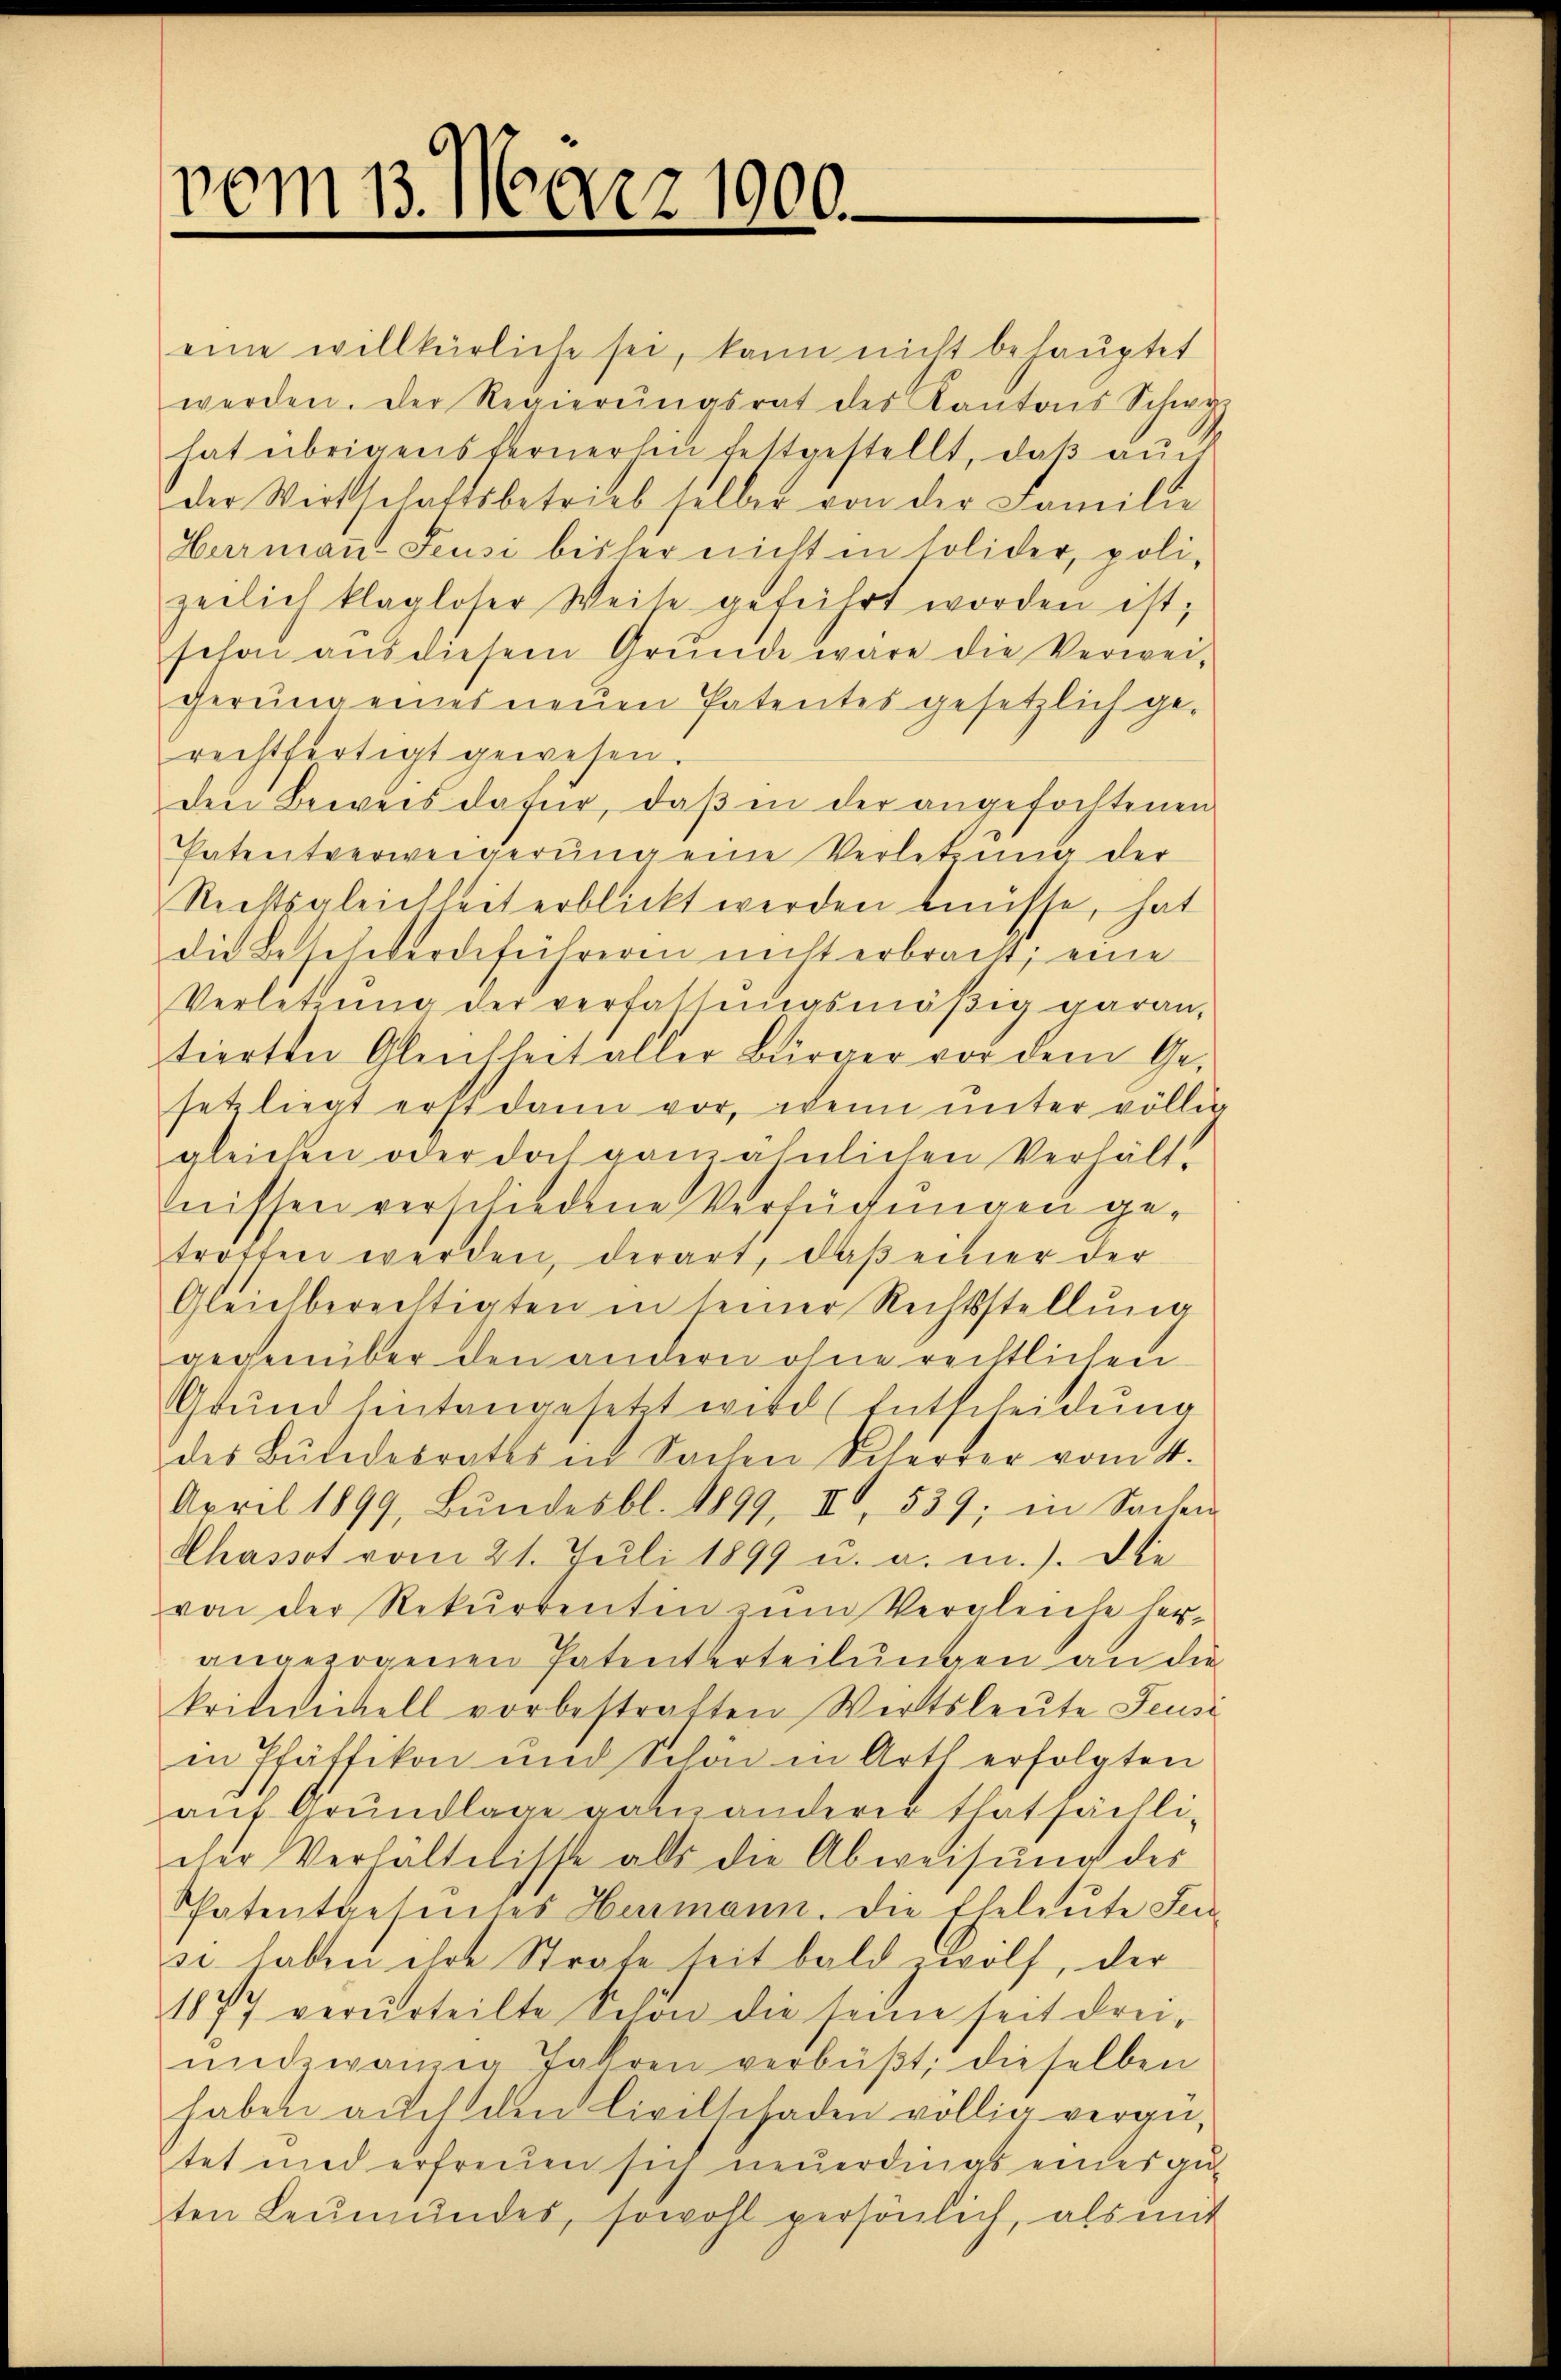
vom 13. März 1900.

eine willkürliche sei, kann nicht behauptet
werden. Der Regierŭngsrat des Kantons Schwy
hat übrigens fernerhin festgestellt, daβ aŭf
der Wirtschaftsbetrieb selber von der Familie
Germann-Feusi bisher nicht in solider, poli-
zeilich klagloser Weise geführt worden ist;
schon aŭs diesem Grŭnde wäre die Verwei-
gerŭng eines neuen Patentes gesetzlich ge-
rechtfertigt gewesen.
den Beweis dafür, daß in der angefochtenen
Patentverweigerŭng eine Verletzŭng der
Rechtsgleichheit erblickt werden müsse, hat
die Beschwerdeführeren nicht erbracht; eine
Verletzŭng der verfassŭngsmäβig garan,
tierten Gleichheit aller Bürger vor dem Gesetz liegt erst dann vor, wenn unter völlig
gleichen oder doch ganz ähnlichen Verhält-
nissen verschiedene Versuchungen getroffen werden, derart, daß einer der
Gleichberechtigten in seiner Rechtsstellŭng
gegenüber den andern ohne rechtlichen
Grund hintangesetzt wird (Entscheidung
des Bŭndesraths in Sachen Scherter vom 4.
April 1899, Bŭndesbl. 1899, III 539; in Sachen
Chassot vom 21. Juli 1899 u. a. m.). Die
von der Rekurrentin zŭm Vergleiche herangezogenen Patenterteilungen an die
kritiickell vorbestratten Wirtsleute Feusi
in Pfäffikon und Schon in Art erfolgten
auf Grundlage gabe anderer thatsächlieher Verhältnisse alls die Abweisŭng des
Patentgesuches Hermann. Die Eheleute Fei
se haben ihre Strafe seit bald Wölf, der
1877 verurteilte Schon die seine seit drei-
undzwanzig Jahren verbüßt; dieselben
haben auch den Civilschaden völlig vergütet und erfreuen sich neuerdings eines gut
ten Leŭmŭndes, sowohl persönlich, als mit